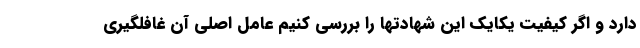
دارد و اگر کیفیت یکایک این شهادتها را بررسی کنیم عامل اصلی آن غافلگیری